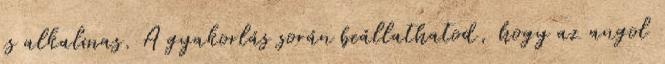
is alkalmas. A gyakorlás során beállathatod, hogy az angol